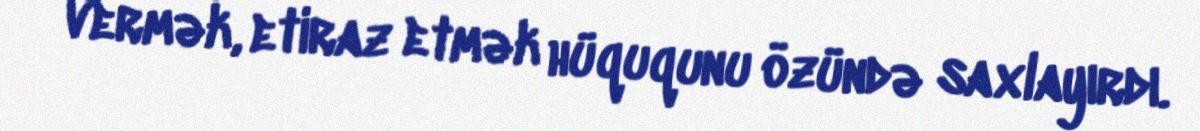
vermək, etiraz etmək hüququnu özündə saxlayırdı.